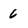
Character: 6